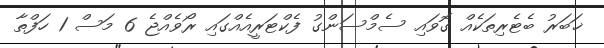
ޚަބަރު ބެޓެރިތަކެއް ގޮވައި ސެމްސަންގު ފެކްޓަރީއެއްގައި ރޯވެއްޖެ 6 މަސް 1 ހަފްތާ